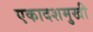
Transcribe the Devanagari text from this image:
एकादशमुखी